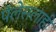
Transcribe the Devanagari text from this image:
पॅलेसलाही